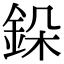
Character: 䤪